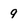
Character: 9